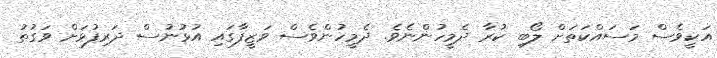
އަކީވެސް މަސައްކަތަށް ލޯބި ކުރާ ދެމީހުންނެވެ. ދެމީހުންވެސް ވަޒީފާގައި އުޅުނުސް ދަރިފުޅަށް ވަގުތު